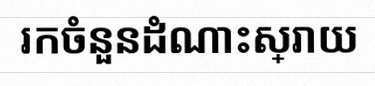
រកចំនួនដំណោះស្រាយ